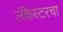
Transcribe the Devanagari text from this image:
लँकेस्टरचा